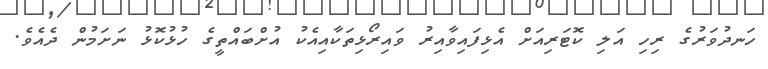
ހަނދުވަރުގެ ރިހި އަލި ކޮޓަރިއަށް އެޅިފައިވާއިރު ވައިރޯޅިތަކާއިއެކު އުށްބައްތީގެ ހުޅުކޮޅު ނަށަމުން ދެއެވެ.